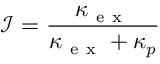
\mathcal { I } = \frac { \kappa _ { \mathrm { ~ e ~ x ~ } } } { \kappa _ { \mathrm { ~ e ~ x ~ } } + \kappa _ { p } }